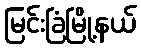
မြင်းခြံမြို့နယ်